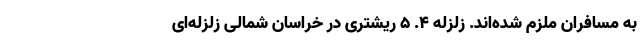
به مسافران ملزم شده‌اند. زلزله ۴. ۵ ریشتری در خراسان شمالی زلزله‌ای